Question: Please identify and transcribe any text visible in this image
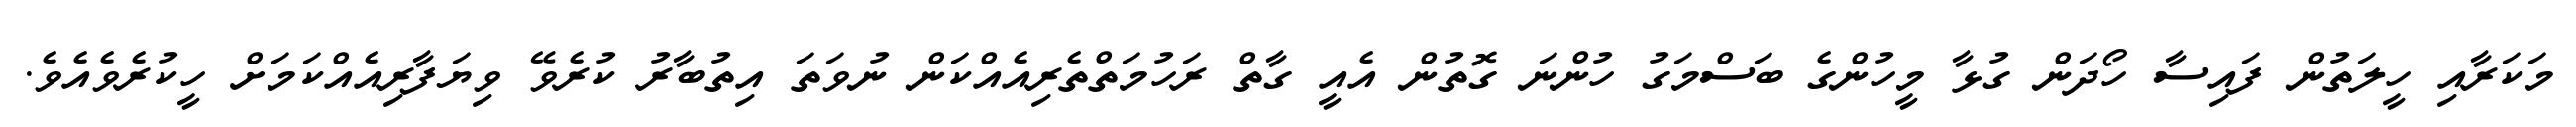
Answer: މަކަރާއި ހީލަތުން ފައިސާ ހޯދަން ގުޅާ މީހުންގެ ބަސްމަގު ހުންނަ ގޮތުން އެއީ ގާތް ރަހުމަތްތެރިއެއްކަން ނުވަތަ އިތުބާރު ކުރެވޭ ވިޔަފާރިއެއްކަމަށް ހީކުރެވެއެވެ.